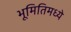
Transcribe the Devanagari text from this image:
भूमितिमध्ये